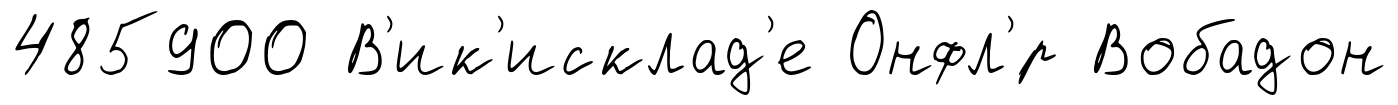
485900 В'ик'исклад'е Онфл'́р Вобадон